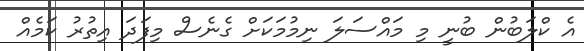
އެ ކްލަބުން ބުނީ މި މައްސަލަ ނިމުމަކަށް ގެނެސް މިފަދަ އިތުރު ކަމެއް